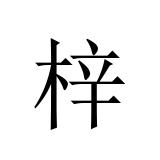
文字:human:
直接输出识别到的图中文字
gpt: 梓